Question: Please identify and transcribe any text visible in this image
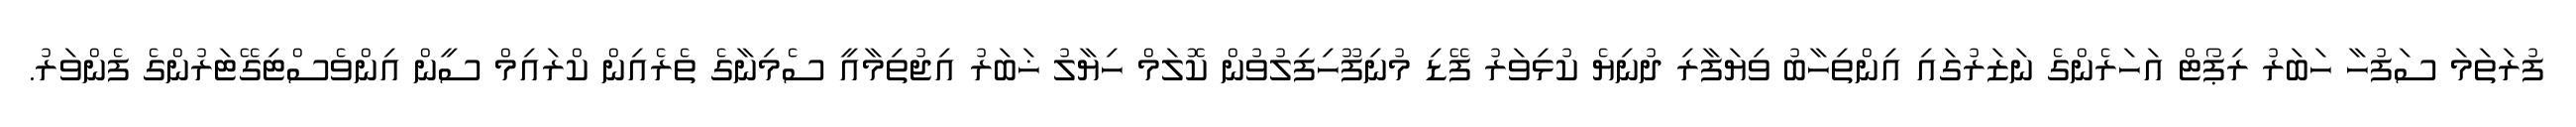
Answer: ފުރަތަމަ ސަފުހާ ހަބަރު ރިޕޯޓް އަހަރެންގެ ނަޒަރުގައި އިންތިހާބު ވިޔަފާރި ދުނިޔެ ކުޅިވަރު ފޭޑި މުނިފޫހިފިލުވުން ކޮލަމް ހިޔާލު ޚަބަރު އިޖުތިމާއީ ސެމިނާގެ ތެރެއިން ކްރައިމް ސީން އިންވެސްޓިގޭޓަރުންގެ ފެންވަރު.